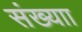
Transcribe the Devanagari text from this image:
संख्याा